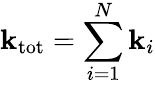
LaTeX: \mathbf{k}_{\textrm{tot}}=\sum_{i=1}^{N}\mathbf{k}_{i}